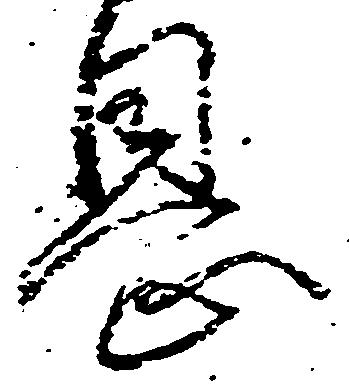
恩